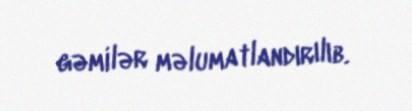
gəmilər məlumatlandırılıb.